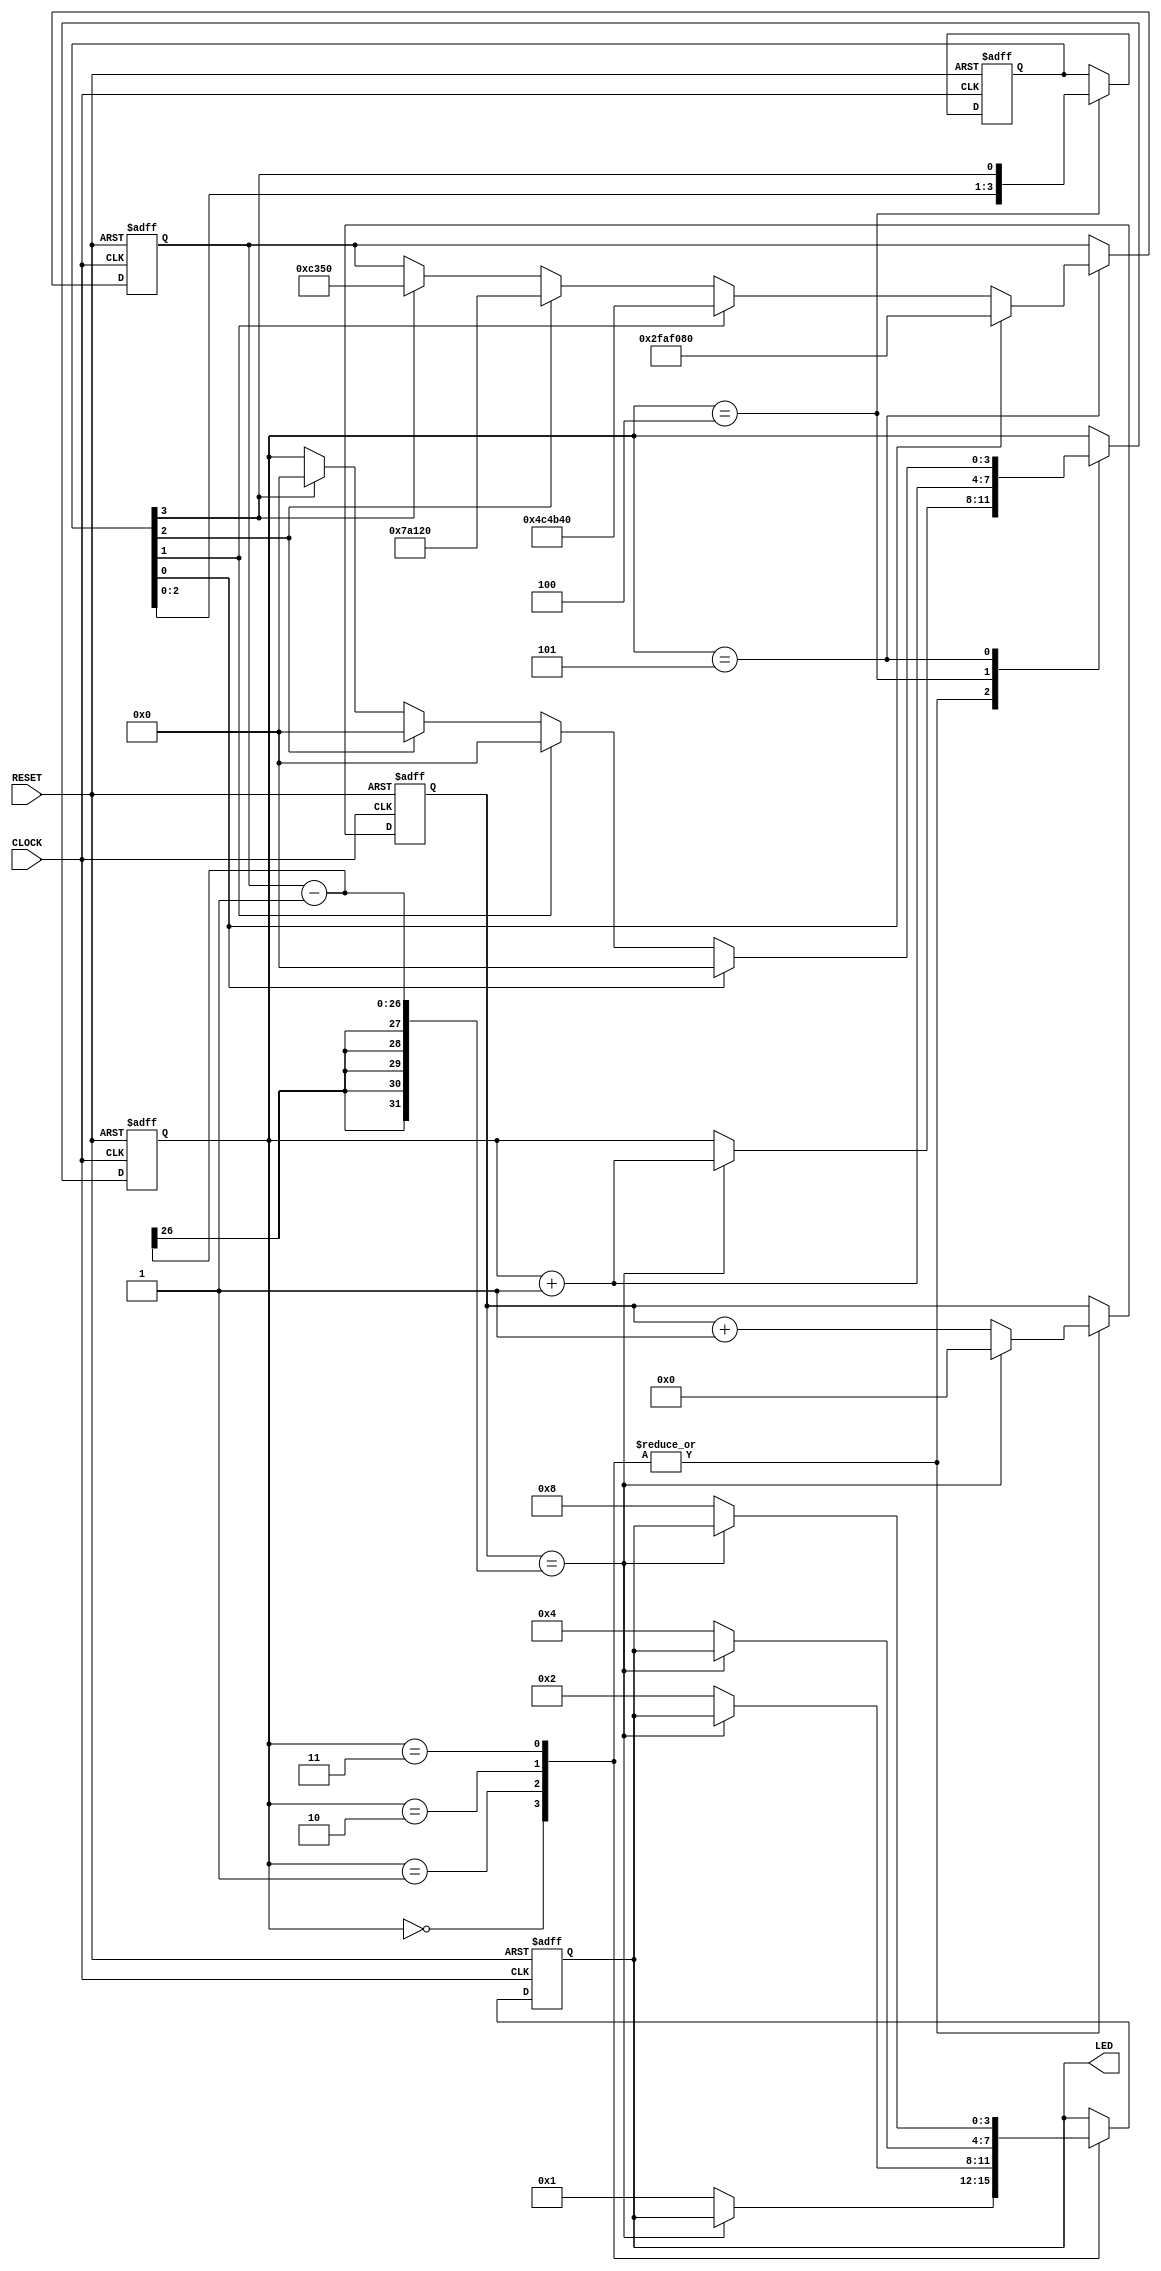
module led_funcmod
(
    input CLOCK, RESET,
	 output [3:0]LED
);
    parameter T1S = 26'd50_000_000; //1Hz
	 parameter T100MS = 26'd5_000_000; //10Hz
	 parameter T10MS = 26'd500_000; //100Hz
	 parameter T1MS = 26'd50_000; //1000Hz
	 
    reg [3:0]i;
    reg [25:0]C1;
	 reg [3:0]D;
	 reg [25:0]T;
	 reg [3:0]S;
	 
	 always @ ( posedge CLOCK or negedge RESET )
	     if( !RESET )
		      begin
				    i <= 4'd0;
				    C1 <= 26'd0;
					 D <= 4'b0001;
					 T <= T1S;
					 S <= 4'b0001;
				end
		  else
		    case( i )
		    
			     0:
				  if( C1 == T -1) begin C1 <= 26'd0; i <= i + 1'b1; end
				  else begin C1 <= C1 + 1'b1; D <= 4'b0001; end
				  
				  1:
				  if( C1 == T -1) begin C1 <= 26'd0; i <= i + 1'b1; end
				  else begin C1 <= C1 + 1'b1; D <= 4'b0010; end
				  
				  2:
				  if( C1 == T -1) begin C1 <= 26'd0; i <= i + 1'b1; end
				  else begin C1 <= C1 + 1'b1; D <= 4'b0100; end
				  
				  3:
				  if( C1 == T -1) begin C1 <= 26'd0; i <= i + 1'b1; end
				  else begin C1 <= C1 + 1'b1; D <= 4'b1000; end
				  
				  4:
				  begin S <= { S[2:0], S[3] }; i <= i + 1'b1; end
				  
				  5:
				  if( S[0] ) begin T <= T1S; i <= 4'd0; end
				  else if( S[1] ) begin T <= T100MS; i <= 4'd0; end
				  else if( S[2] ) begin T <= T10MS; i <= 4'd0; end
				  else if( S[3] ) begin T <= T1MS; i <= 4'd0; end 
				  
          endcase		
	
	assign LED = D;
		
endmodule